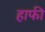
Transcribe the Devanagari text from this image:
हाफी